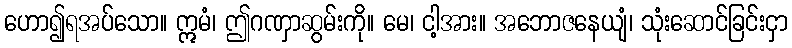
ဟော၍ရအပ်သော။ ဣမံ၊ ဤဂဏှာဆွမ်းကို။ မေ၊ ငါ့အား။ အဘောဇနေယျံ၊ သုံးဆောင်ခြင်းငှာ